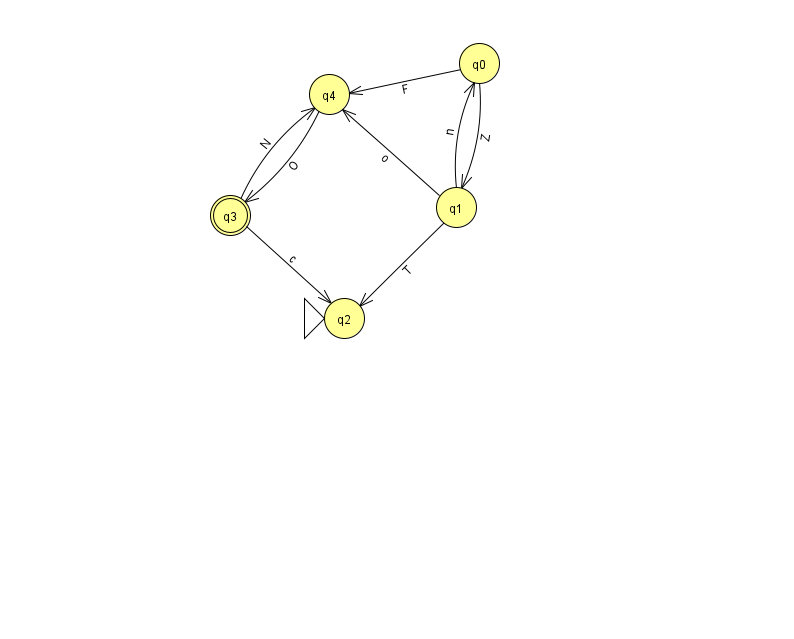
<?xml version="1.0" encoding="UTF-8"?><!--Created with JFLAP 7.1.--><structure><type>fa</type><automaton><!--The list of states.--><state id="0" name="q0"><x>479.0</x><y>50.0</y></state><state id="1" name="q1"><x>456.0</x><y>194.0</y></state><state id="2" name="q2"><x>344.0</x><y>305.0</y><initial/></state><state id="3" name="q3"><x>230.0</x><y>202.0</y><final/></state><state id="4" name="q4"><x>329.0</x><y>81.0</y></state><!--The list of transitions.--><transition><from>3</from><to>2</to><read>c</read></transition><transition><from>0</from><to>1</to><read>Z</read></transition><transition><from>1</from><to>0</to><read>n</read></transition><transition><from>4</from><to>3</to><read>O</read></transition><transition><from>3</from><to>4</to><read>N</read></transition><transition><from>1</from><to>4</to><read>o</read></transition><transition><from>0</from><to>4</to><read>F</read></transition><transition><from>1</from><to>2</to><read>T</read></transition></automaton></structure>